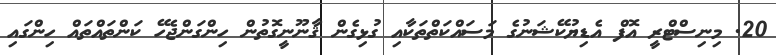
20. މިނިސްޓްރީ އޮފް އެޑިޔުކޭޝަނުގެ މަސައްކަތްތަކާއި ގުޅިގެން ޤާނޫނީގޮތުން ހިންގަންޖެހޭ ކަންތައްތައް ހިންގައި